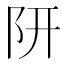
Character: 𨸦